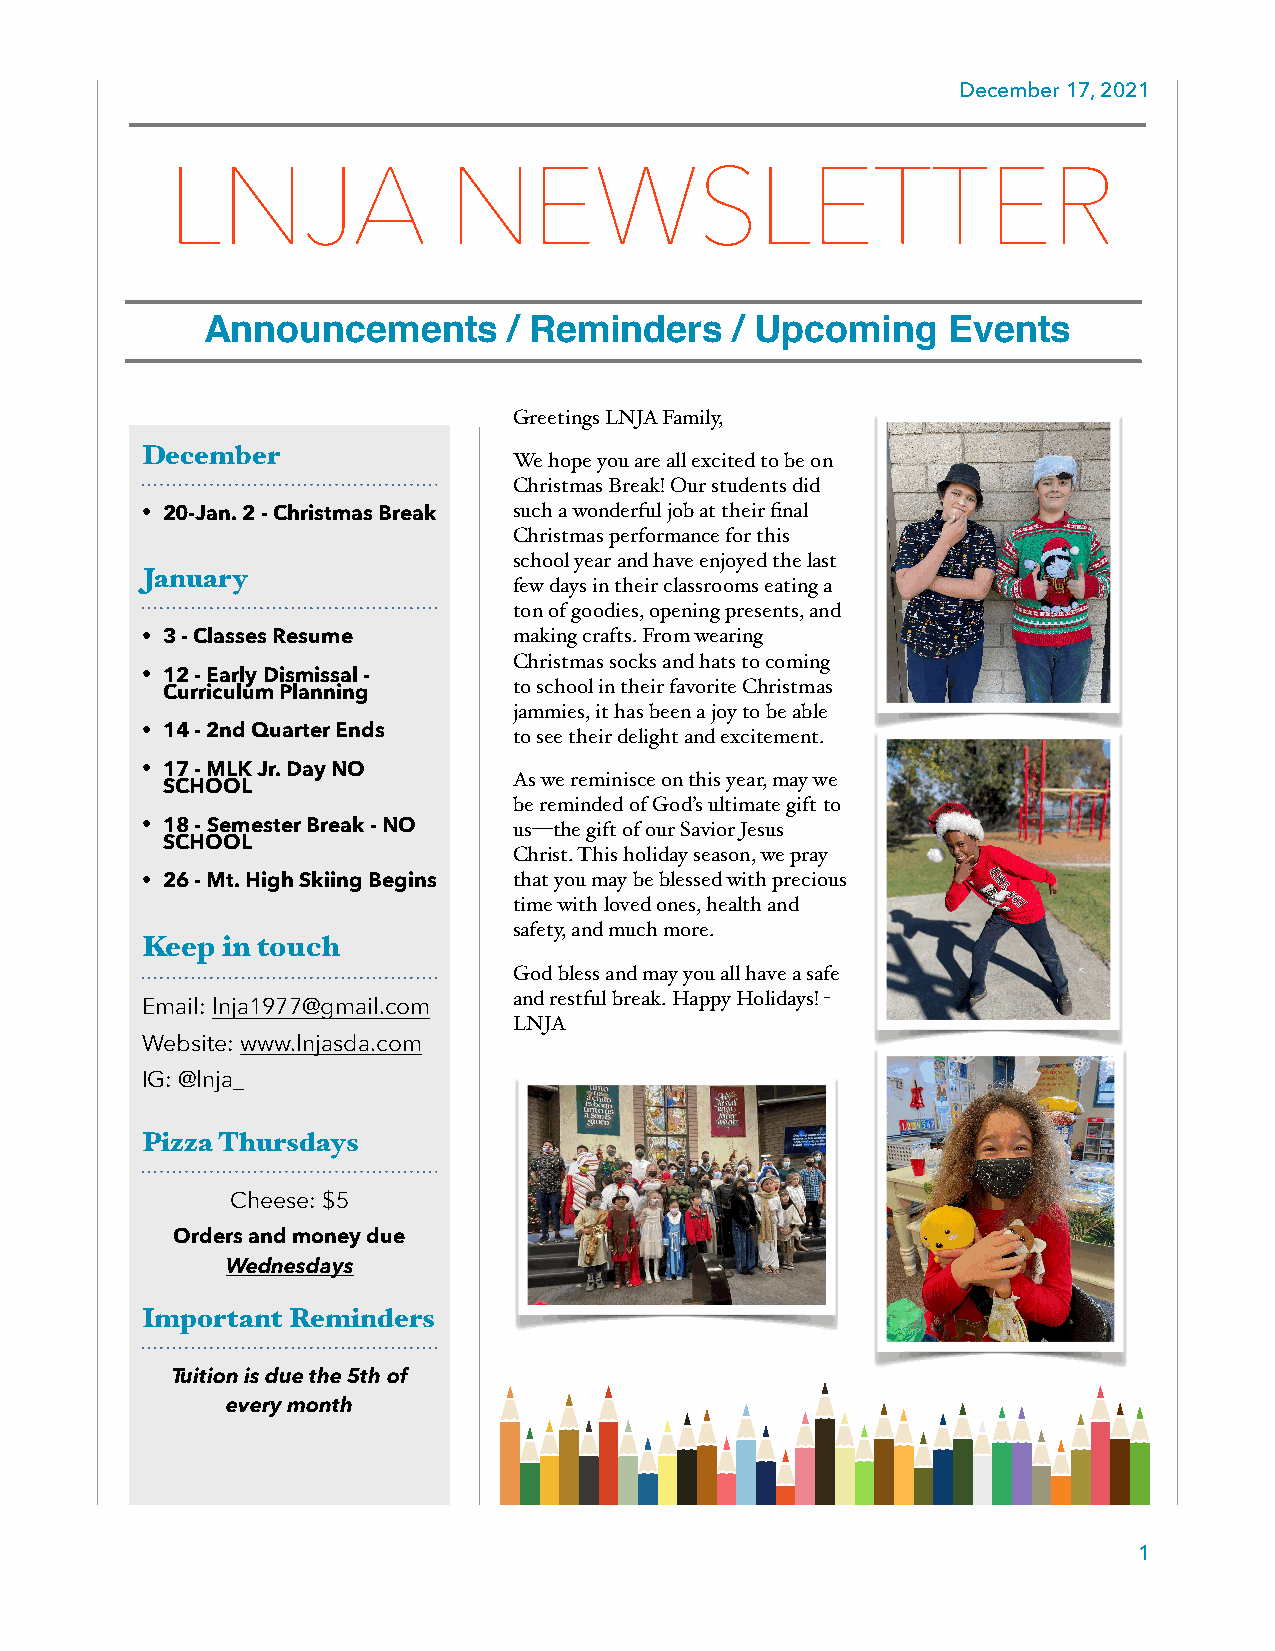
December 17, 2021
 LNJA               NEWSLETTER
 Announcements       / Reminders    / Upcoming    Events
 Greetings LNJA Family,
 December
 We hope you are all excited to be on
 Christmas Break! Our students did
 • 20-Jan. 2 - Christmas Break such a wonderful job at their final
 Christmas performance for this
 school year and have enjoyed the last
 January
 few days in their classrooms eating a
 ton of goodies, opening presents, and
 • 3 - Classes Resume     making crafts. From wearing
 Christmas socks and hats to coming
 • 12 - Early Dismissal -
 to school in their favorite Christmas
 Curriculum Planning
 jammies, it has been a joy to be able
 • 14 - 2nd Quarter Ends  to see their delight and excitement.
 • 17 - MLK Jr. Day NO
 As we reminisce on this year, may we
 SCHOOL
 be reminded of God’s ultimate gift to
 • 18 - Semester Break - NO us—the gift of our Savior Jesus
 SCHOOL
 Christ. This holiday season, we pray
 • 26 - Mt. High Skiing Begins that you may be blessed with precious
 time with loved ones, health and
 safety, and much more.
 Keep  in touch
 God bless and may you all have a safe
 and restful break. Happy Holidays! -
 Email: lnja1977@gmail.com
 LNJA
 Website: www.lnjasda.com
 IG: @lnja_
 Pizza Thursdays
 Cheese: $5
 Orders and money due
 Wednesdays
 Important Reminders
 Tuition is due the 5th of
 every month
 1